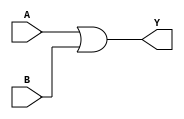
module OR2X1_1(A, B, Y);
input A, B;
output Y;
or(Y, A, B);
endmodule